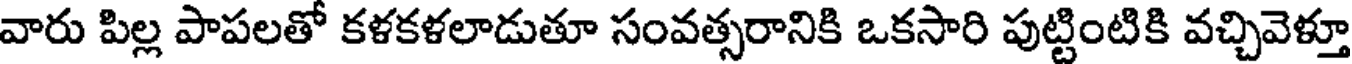
వారు పిల్ల పాపలతో కళకళలాడుతూ సంవత్సరానికి ఒకసారి పుట్టింటికి వచ్చివెళ్తూ